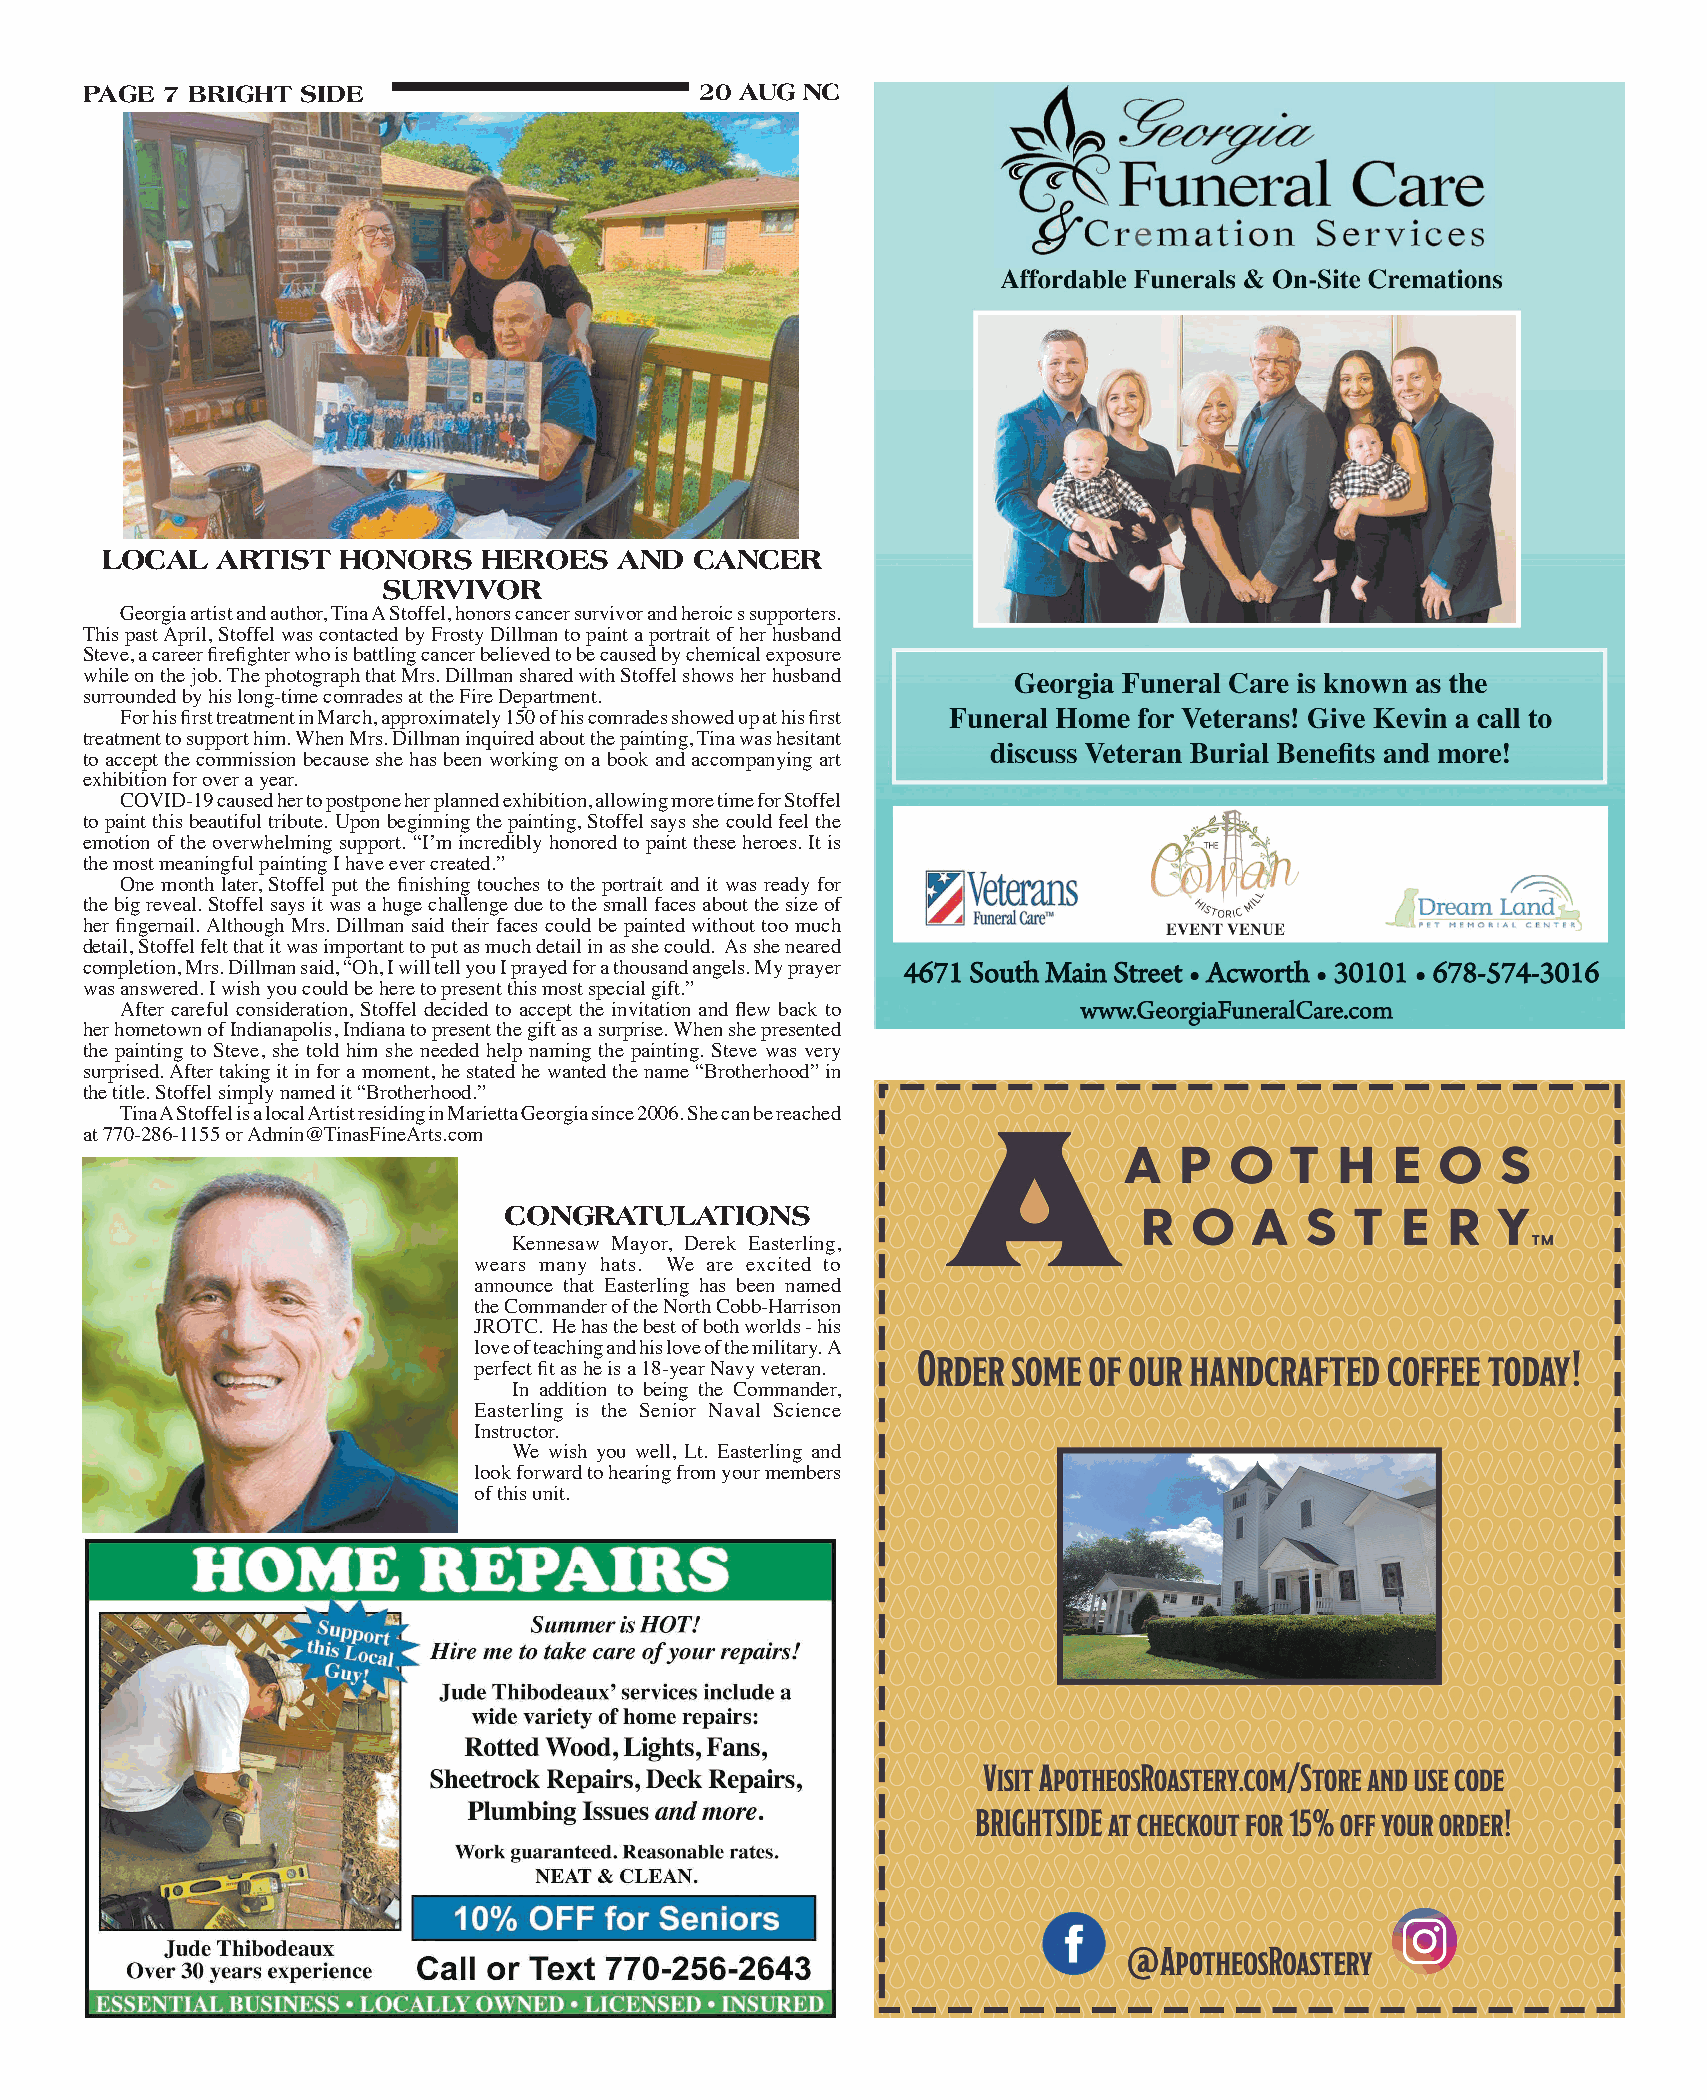
PAgE 7 bRIghT SIDE                      20 AUg nC
 LOCAL  ARTIST  hOnORS    hEROES   AnD  CAnCER
 SURvIvOR
 Georgia artist and author, Tina A Stoffel, honors cancer survivor and heroic s supporters.
 This past April, Stoffel was contacted by Frosty Dillman to paint a portrait of her husband
 Steve, a career firefighter who is battling cancer believed to be caused by chemical exposure
 while on the job. The photograph that Mrs. Dillman shared with Stoffel shows her husband
 surrounded by his long-time comrades at the Fire Department.
 For his first treatment in March, approximately 150 of his comrades showed up at his first
 treatment to support him. When Mrs. Dillman inquired about the painting, Tina was hesitant
 to accept the commission because she has been working on a book and accompanying art
 exhibition for over a year.
 COVID-19 caused her to postpone her planned exhibition, allowing more time for Stoffel
 to paint this beautiful tribute. Upon beginning the painting, Stoffel says she could feel the
 emotion of the overwhelming support. “I’m incredibly honored to paint these heroes. It is
 the most meaningful painting I have ever created.”
 One month later, Stoffel put the finishing touches to the portrait and it was ready for
 the big reveal. Stoffel says it was a huge challenge due to the small faces about the size of
 her fingernail. Although Mrs. Dillman said their faces could be painted without too much
 detail, Stoffel felt that it was important to put as much detail in as she could. As she neared
 completion, Mrs. Dillman said, “Oh, I will tell you I prayed for a thousand angels. My prayer
 was answered. I wish you could be here to present this most special gift.”
 After careful consideration, Stoffel decided to accept the invitation and flew back to
 her hometown of Indianapolis, Indiana to present the gift as a surprise. When she presented
 the painting to Steve, she told him she needed help naming the painting. Steve was very
 surprised. After taking it in for a moment, he stated he wanted the name “Brotherhood” in
 the title. Stoffel simply named it “Brotherhood.”
 Tina A Stoffel is a local Artist residing in Marietta Georgia since 2006. She can be reached
 at 770-286-1155 or Admin@TinasFineArts.com
 COngRATULATIOnS
 Kennesaw Mayor, Derek Easterling,
 wears many hats. We are excited to
 announce that Easterling has been named
 the Commander of the North Cobb-Harrison
 JROTC. He has the best of both worlds - his
 love of teaching and his love of the military. A
 perfect fit as he is a 18-year Navy veteran.
 In addition to being the Commander,
 Easterling is the Senior Naval Science
 Instructor.
 We wish you well, Lt. Easterling and
 look forward to hearing from your members
 of this unit.